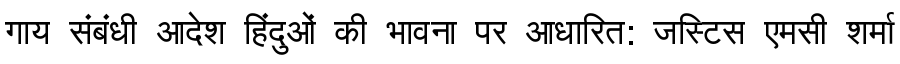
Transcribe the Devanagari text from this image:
गाय संबंधी आदेश हिंदुओं की भावना पर आधारित: जस्टिस एमसी शर्मा